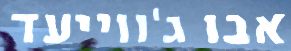
אבו ג'ווייעד